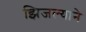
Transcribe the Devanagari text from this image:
झिजल्याने